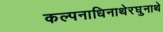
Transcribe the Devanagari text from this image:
कल्पनाधिनाथेरघुनाथे